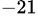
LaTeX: ^{-21}